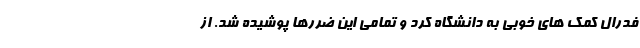
فدرال کمک های خوبی به دانشگاه کرد و تمامی این ضررها پوشیده شد. از